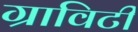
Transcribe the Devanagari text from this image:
ग्राविटी